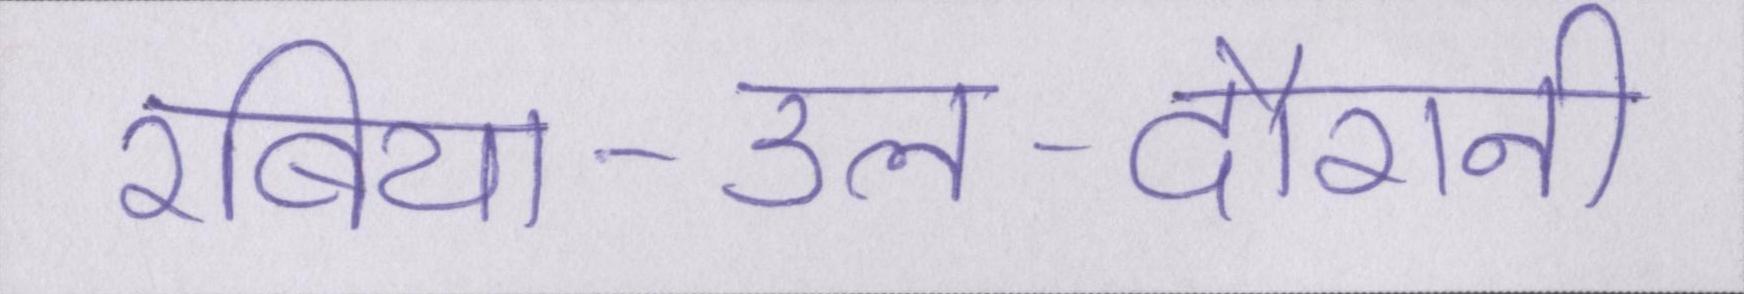
रबिया-उल-दौरानी